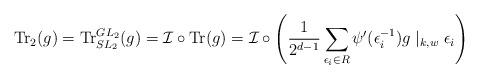
LaTeX: \begin{align*}\mathrm{Tr}_2(g)=\mathrm{Tr}^{GL_2}_{SL_2}(g) =\mathcal{I}\circ\mathrm{Tr}(g) =\mathcal{I}\circ\left(\dfrac{1}{2^{d-1}}\sum_{\epsilon_i\in R}\psi'(\epsilon_i^{-1})g\mid_{k,w}\epsilon_i\right) \end{align*}